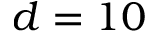
d = 1 0